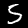
Digit: 5